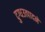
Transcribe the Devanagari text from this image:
दुग्धउत्पादने